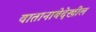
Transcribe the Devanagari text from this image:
वातानाबेदेखील